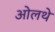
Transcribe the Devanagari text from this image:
ओलथे